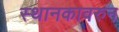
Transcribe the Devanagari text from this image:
स्थानकावरुन